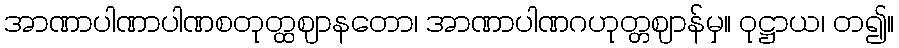
အာဏာပါဏာပါဏစတုတ္ထဈာနတော၊ အာဏာပါဏဂဟုတ္တဈာန်မှ။ ဝုဋ္ဌာယ၊ တ၍။